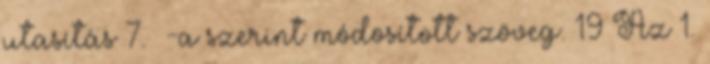
utasítás 7. §-a szerint módosított szöveg. 19 Az 1.